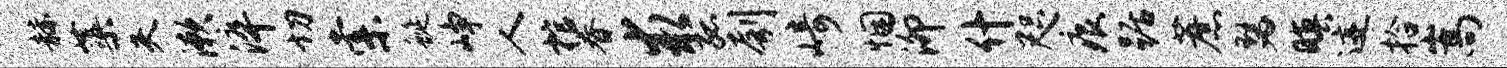
赫蕖夫漱淬切索蜒峥人棺眷求孤刳崎悃泖什咫痕踞蔗瑟暝迹拾嵩